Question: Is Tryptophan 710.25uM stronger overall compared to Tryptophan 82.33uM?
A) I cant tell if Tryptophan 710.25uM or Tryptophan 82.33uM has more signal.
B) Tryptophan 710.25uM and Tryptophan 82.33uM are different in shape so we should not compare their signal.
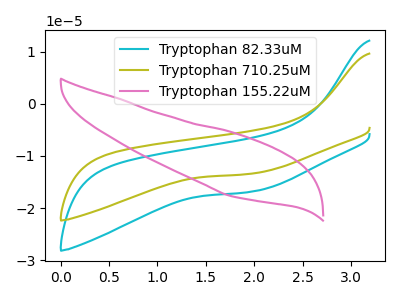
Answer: <think>The cyan curve "Tryptophan 82.33uM" has no peaks. The olive curve "Tryptophan 710.25uM" has no peaks. The pink curve "Tryptophan 155.22uM" has no peaks.
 Neither "Tryptophan 710.25uM" or "Tryptophan 82.33uM" have any peaks.</think>
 <answer>A) I cant tell if "Tryptophan 710.25uM" or "Tryptophan 82.33uM" has more signal.</answer>
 <eval>A</eval>